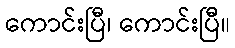
ကောင်းပြီ၊ ကောင်းပြီ။